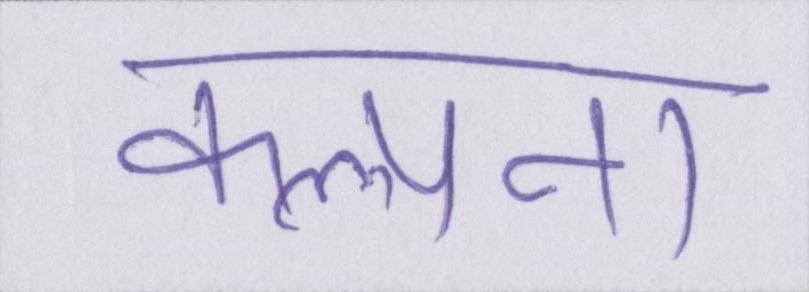
कल्पना